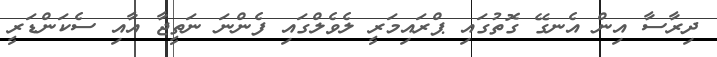
ދިރާސާ އިން އެނގޭ ގޮތުގައި ޕްރައިމަރީ ލެވެލްގައި ފެންނަ ނަތީޖާ އާއި ސެކަންޑަރީ